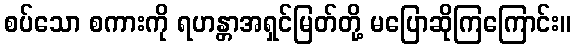
စပ်သော စကားကို ရဟန္တာအရှင်မြတ်တို့ မပြောဆိုကြကြောင်း။